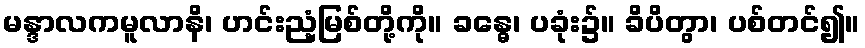
မန္ဒာလကမူလာနိ၊ ဟင်းညံ့မြစ်တို့ကို။ ခန္ဓေ၊ ပခုံး၌။ ခိပိတွာ၊ ပစ်တင်၍။